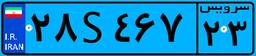
۲۸S۴۶۷۲۳